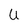
Character: U